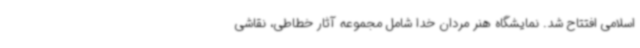
اسلامی افتتاح شد. نمایشگاه هنر مردان خدا شامل مجموعه آثار خطاطی، نقاشی